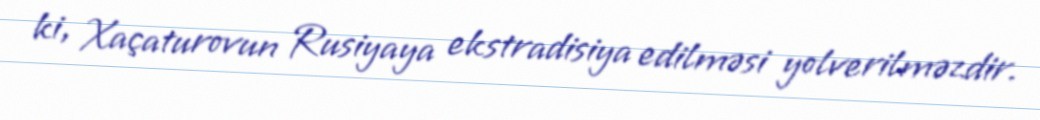
ki, Xaçaturovun Rusiyaya ekstradisiya edilməsi yolverilməzdir.